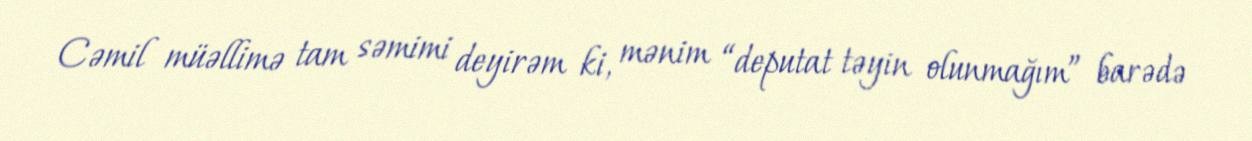
Cəmil müəllimə tam səmimi deyirəm ki, mənim “deputat təyin olunmağım” barədə